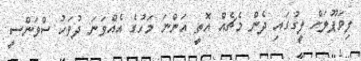
ލިވަޕޫލަށް ލީގުގައި ދެން މެޗެއް އޮތީ އަންނަ މަހުގެ އެއްވަނަ ދުވަހު ސްވަންސީ